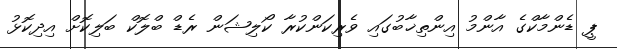
ޕީ ޑެންމާކްގެ އާންމު އިންތިޚާބުގައި ވެރިކަންކުރާ ކޯލިޝަން ރެޑް ބްލޮކް ބަލިކޮށް އިދިކޮޅު